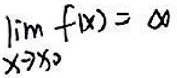
$\lim_{x \to x_0} f(x) = \infty$